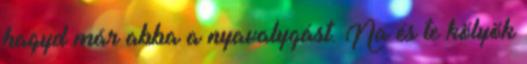
hagyd már abba a nyavalygást. Na és te kölyök